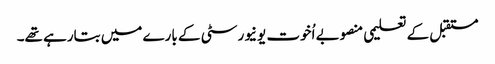
مستقبل کے تعلیمی منصوبے اُخوت یونیورسٹی کے بارے میں بتارہے تھے۔